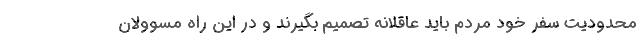
محدودیت سفر خود مردم باید عاقلانه تصمیم بگیرند و در این راه مسوولان